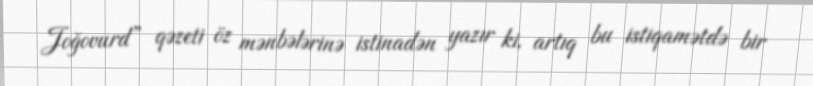
Joğovurd” qəzeti öz mənbələrinə istinadən yazır ki, artıq bu istiqamətdə bir